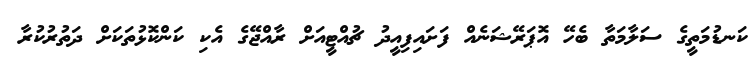
ކަނޑުމަތީގެ ސަލާމަތާ ބެހޭ އޮޕަރޭޝަނެއް ފަށައިފިއީދު ޗުއްޓީއަށް ރާއްޖޭގެ އެކި ކަންކޮޅުތަކަށް ދަތުރުކުރާ